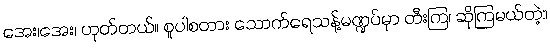
အေး၊အေး၊ ဟုတ်တယ်။ စူပါစတား သောက်ရေသန့်မဏ္ဍပ်မှာ တီးကြ၊ ဆိုကြမယ်တဲ့။